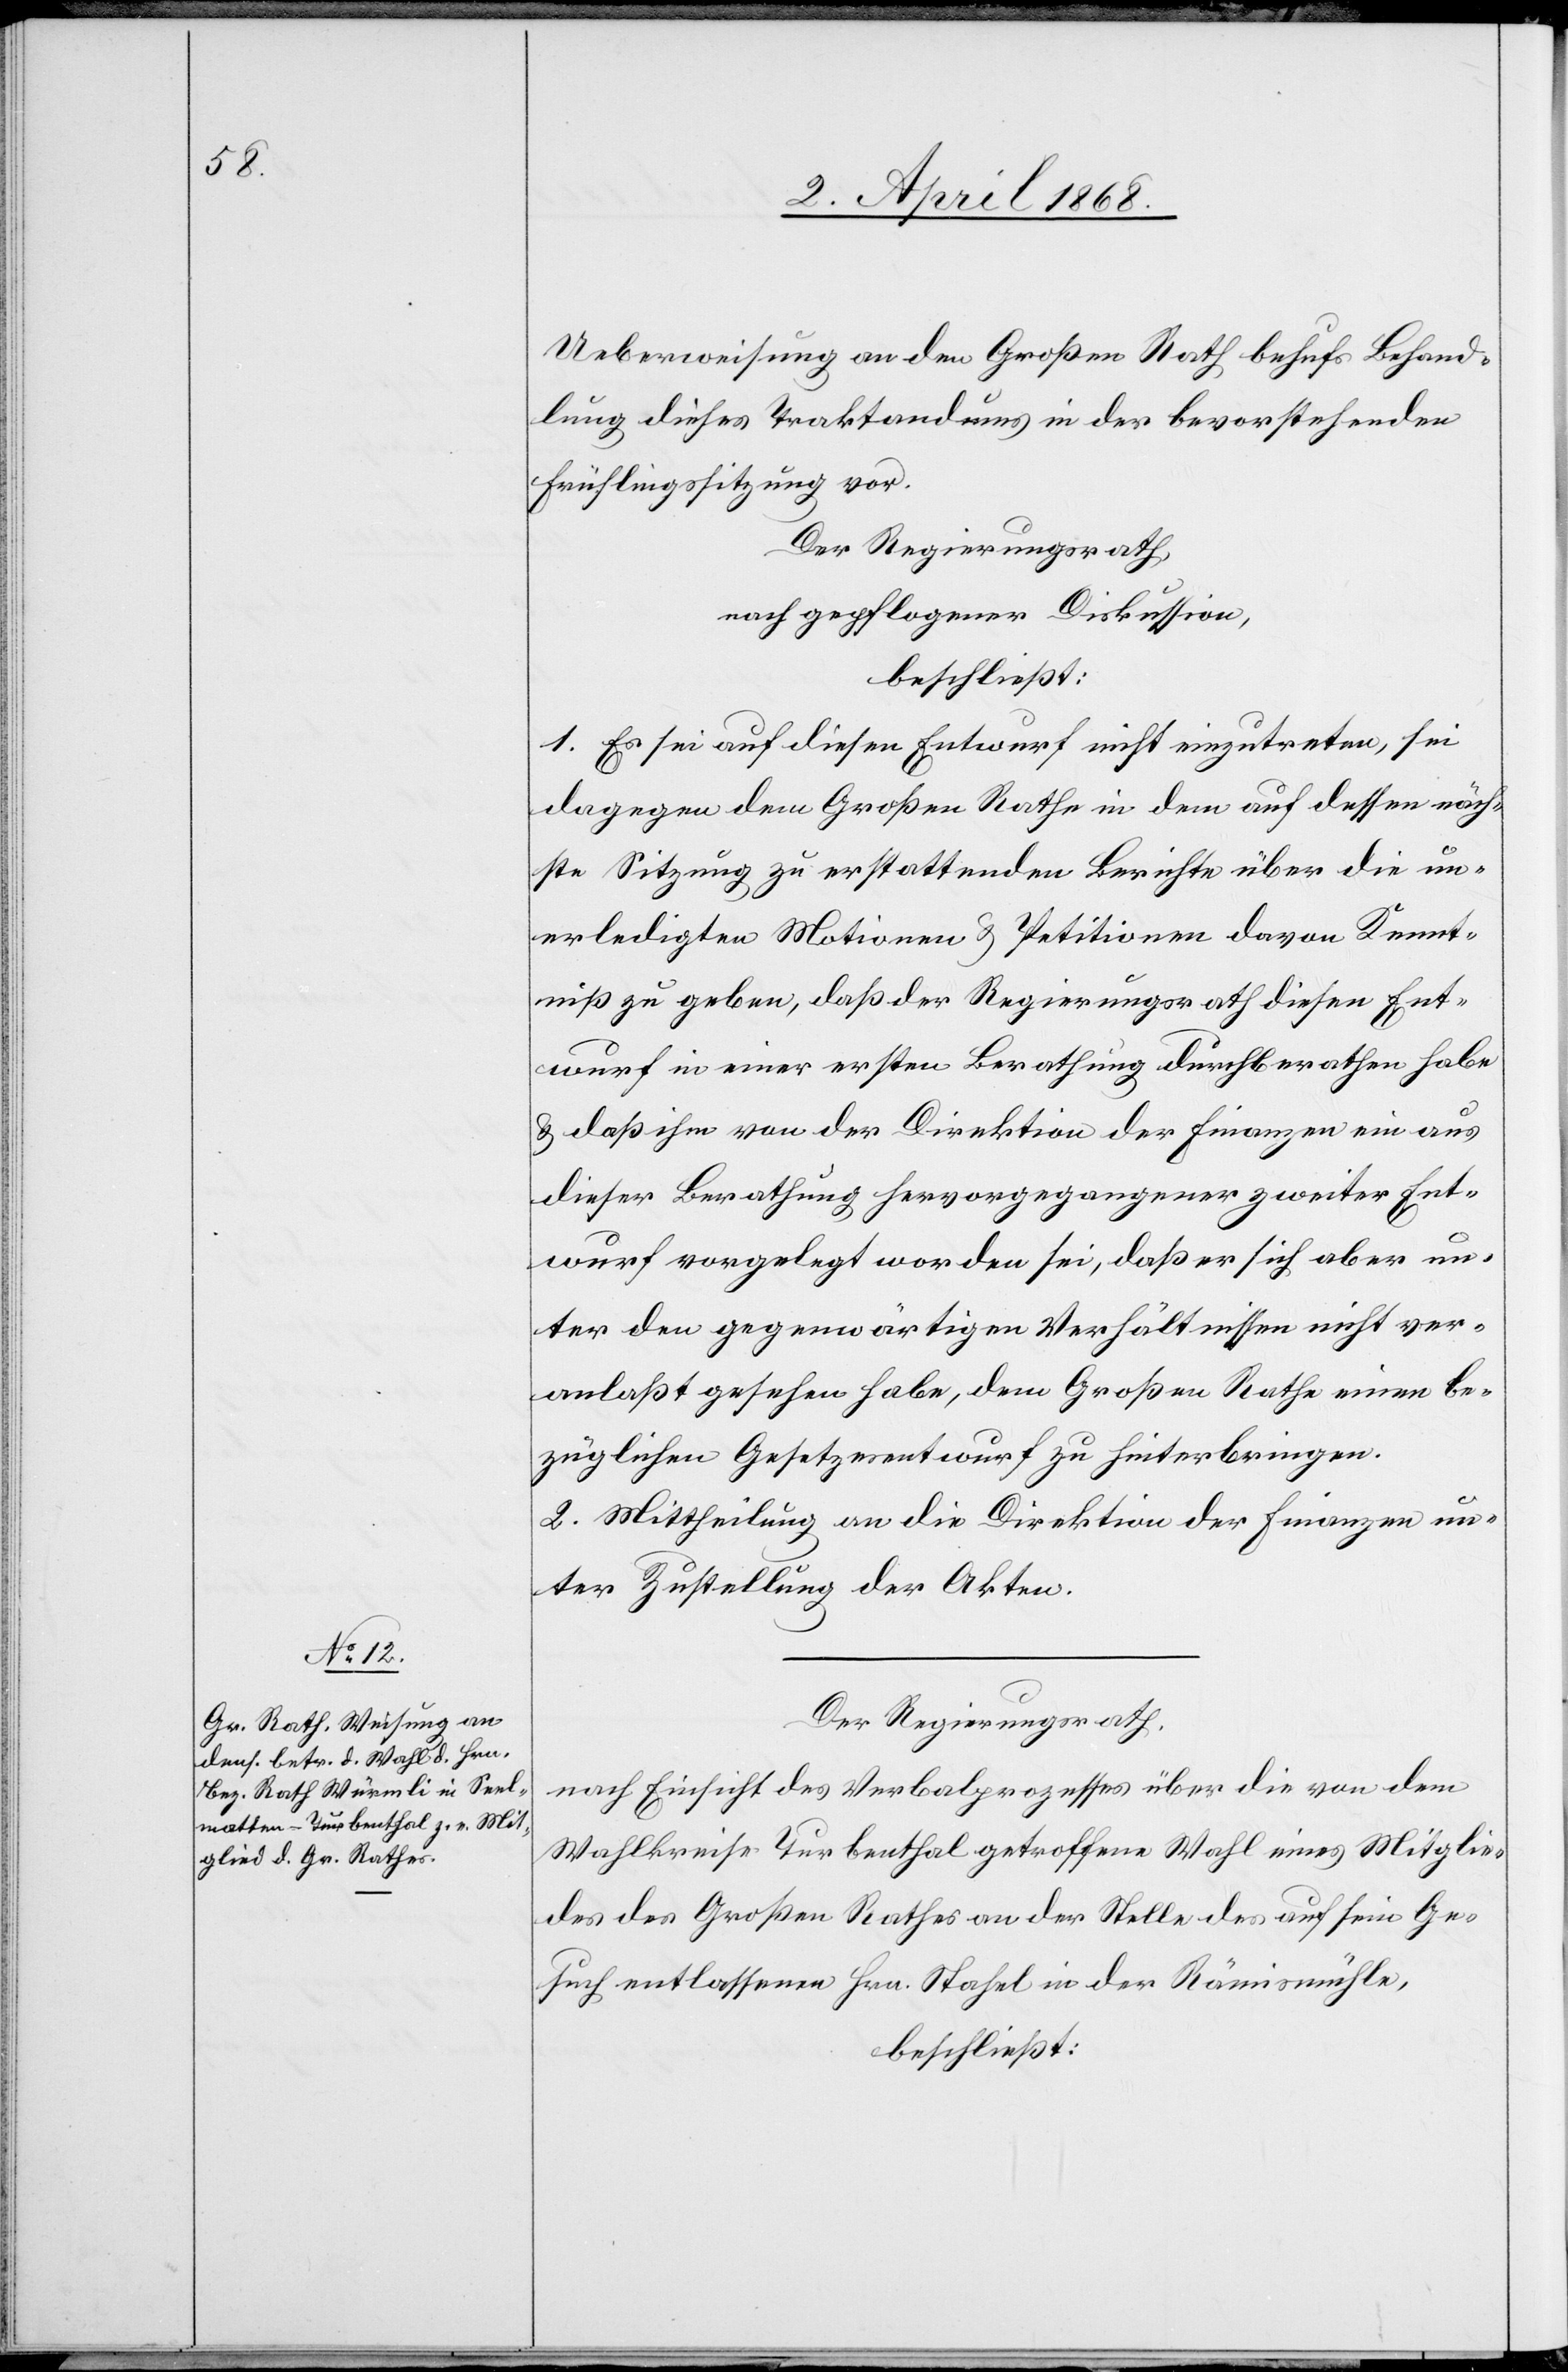
Ueberweisung an den Großen Rath behufs Behand¬
lung dieses Traktandums in der bevorstehenden
Frühlingssitzung vor.
Der Regierungsrath,
nach gepflogener Diskussion,
beschließt:
1. Es sei auf diesen Entwurf nicht einzutreten, sei
dagegen dem Großen Rathe in dem auf dessen näch¬
ste Sitzung zu erstattenden Berichte über die un¬
erledigten Motionen & Petitionen davon Kennt¬
niß zu geben, daß der Regierungsrath diesen Ent¬
wurf in einer ersten Berathung durchberathen habe
& daß ihm von der Direktion der Finanzen ein aus
dieser Berathung hervorgegangener zweiter Ent¬
wurf vorgelegt worden sei, daß er sich aber un¬
ter den gegenwärtigen Verhältnissen nicht ver¬
anlaßt gesehen habe, dem Großen Rathe einen be¬
züglichen Gesetzesentwurf zu hinterbringen.
2. Mittheilung an die Direktion der Finanzen un¬
ter Zustellung der Akten.
Der Regierungsrath,
nach Einsicht des Verbalprozesses über die von dem
Wahlkreise Turbenthal getroffene Wahl eines Mitglie¬
des des Großen Rathes an der Stelle des auf sein Ge¬
such entlassenen Hrn. Stahel in der Rämismühle,
beschließt: